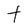
Character: t